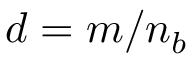
d = m / n _ { b }